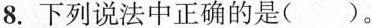
8.下列说法中正确的是( )。